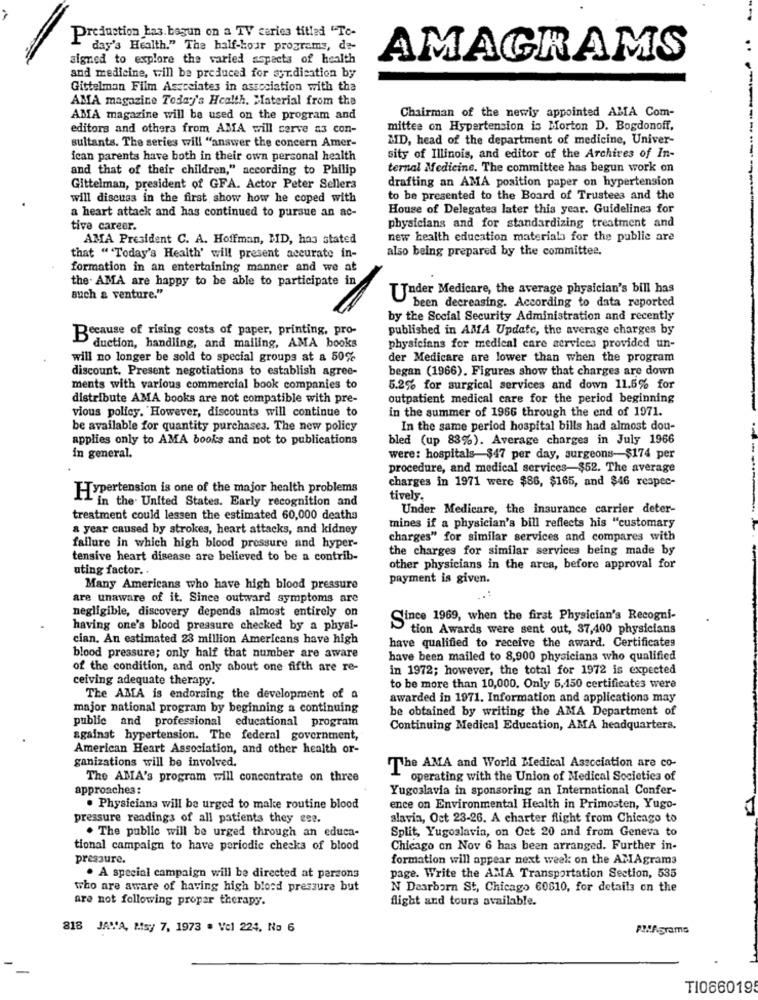
Production has. bagun on a TV series titled "Te-
day's Health." The half-hour programs, de-
signed to explore the varied aspects of health
AMAGRAMS
and medicine, till be produced for syr.dication by
Gittelman Film Associates in association with the
AMA magazine Today's Health. Material from the
AMA magazine will be used on the program and
Chairman of the newly appointed ABIA Com-
editors and others from AMA will serve as con-
mittee on Hypertension is Morton D. Bogdonoff,
MID, head of the department of medicine, Univer-
sultants. The series will "answer the concern Amer-
ican parents have both in their own personal health
sity of Illinois, and editor of the Archives of In-
and that of their children," according to Philip
ternal Medicine. The committee has begun work on
drafting an AMA position paper on hypertension
Gittelman, president of GFA. Actor Peter Sellers
will discuss in the first show how he coped with
to be presented to the Board of Trustees and the
House of Delegates later this year. Guidelines for
a heart attack and has continued to pursue an ac-
physicians and for standardizing treatment and
tive career.
AMA President C. A. Hoffman, MD, has stated
new health education materials for the publie are
also being prepared by the committee.
that ""Today's Health' will present accurate in-
formation in an entertaining manner and we at
the. AMA are happy to be able to participate in
TTnder Medicare, the average physician's bill has
such & venture."
been decreasing. According to data reported
by the Social Security Administration and recently
Because of rising costs of paper, printing, pro-
published in AMA Update, the average charges by
duction, handling, and mailing, AMA books
physicians for medical care services provided un-
will no longer be sold to special groups at a 50%
der Medicare are lower than when the program
discount. Present negotiations to establish agree-
began (1966). Figures show that charges are down
ments with various commercial book companies to
5.2% for surgical services and down 11.5% for
distribute AMA books are not compatible with pre-
outpatient medical care for the period beginning
vious policy. However, discounts will continue to
in the summer of 1966 through the end of 1971.
be available for quantity purchases. The new policy
In the same period hospital bills had almost dou-
applies only to AMA books and not to publications
bled (up 83%). Average charges in July 1966
in general.
were: hospitals $47 per day, surgeons-$174 per
procedure, and medical services-$52. The average
charges in 1971 were $86, $165, and $46 respec-
Hypertension is one of the major health problems
11 in the United States. Early recognition and
tively.
Under Medicare, the insurance carrier deter-
treatment could lessen the estimated 60,000 deaths
a year caused by strokes, heart attacks, and kidney
mines if a physician's bill reflects his "customary
charges" for similar services and compares with
failure in which high blood pressure and hyper-
the charges for similar services being made by
tensive heart disease are believed to be a contrib-
uting factor. .
other physicians in the area, before approval for
payment is given.
Many Americans who have high blood pressure
are unaware of it. Since outward symptoms are
negligible, discovery depends almost entirely on
Since 1969, when the first Physician's Recogni-
having one's blood pressure checked by a physi-
tion Awards were sent out, 37,400 physicians
cian. An estimated 23 million Americans have high
have qualified to receive the award. Certificates
blood pressure; only half that number are aware
have been mailed to 8,900 physicians who qualified
of the condition, and only about one fifth are re-
in 1972; however, the total for 1972 is expected
ceiving adequate therapy.
to be more than 10,000. Only 5,150 certificates were
The AMA is endorsing the development of a
awarded in 1971. Information and applications may
major national program by beginning a continuing
be obtained by writing the AMA Department of
public and professional educational program
Continuing Medical Education, AMA headquarters.
against hypertension. The federal government,
American Heart Association, and other health or-
ganizations will be involved.
The AMA and World Medical Association are co-
The AMA's program will concentrate on three
operating with the Union of Medical Societies of
approaches:
Yugoslavia in sponsoring an International Confer-
. Physicians will be urged to make routine blood
ence on Environmental Health in Primosten, Yugo-
pressure readings of all patients they ese.
slavia, Oct 23-26. A charter flight from Chicago to
Split, Yugoslavia, on Oct 20 and from Geneva to
. The public will be urged through an educa-
tional campaign to have periodic checks of blood
Chicago on Nov 6 has been arranged. Further in-
pressure.
formation will appear next week: on the ANAgrams
. A special campaign will be directed at persons
page. Write the AMA Transportation Section, 535
who are aware of having high blood pressure but
N Dearborn St, Chicago 60610, for details on the
are not following propar therapy.
flight and tours available.
818 JAVA, Msy 7, 1973 . Vel 224, No 6
-
TI066019